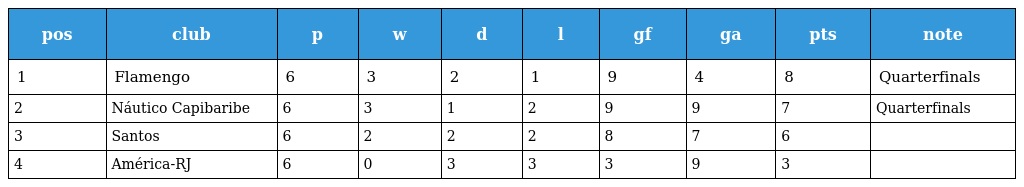
| pos | club | p | w | d | l | gf | ga | pts | note |
 | --- | --- | --- | --- | --- | --- | --- | --- | --- | --- |
 | 1 | Flamengo | 6 | 3 | 2 | 1 | 9 | 4 | 8 | Quarterfinals |
 | 2 | Náutico Capibaribe | 6 | 3 | 1 | 2 | 9 | 9 | 7 | Quarterfinals |
 | 3 | Santos | 6 | 2 | 2 | 2 | 8 | 7 | 6 |  |
 | 4 | América-RJ | 6 | 0 | 3 | 3 | 3 | 9 | 3 |  |